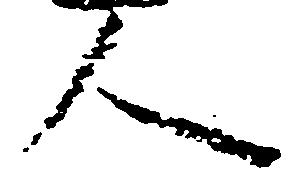
人